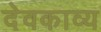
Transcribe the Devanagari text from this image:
देवकाव्य